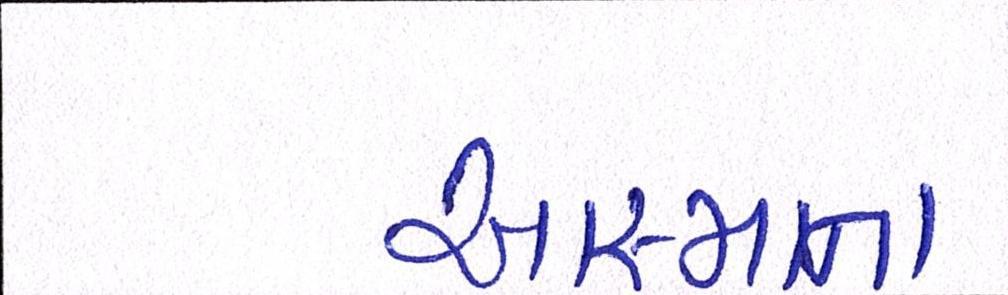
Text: આસ્માના